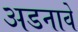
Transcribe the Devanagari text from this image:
अडनावे